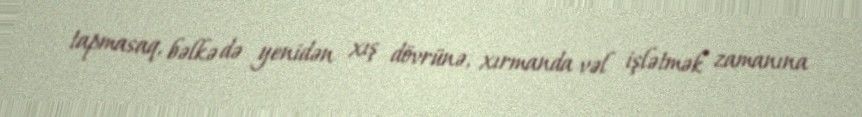
tapmasaq, bəlkə də yenidən xış dövrünə, xırmanda vəl işlətmək zamanına